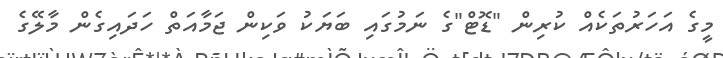
މީގެ އަހަރުތަކެއް ކުރިން "ޑޮޓް"ގެ ނަމުގައި ބަޔަކު ވަކިން ޖަމާއަތް ހަދައިގެން މާލޭގެ